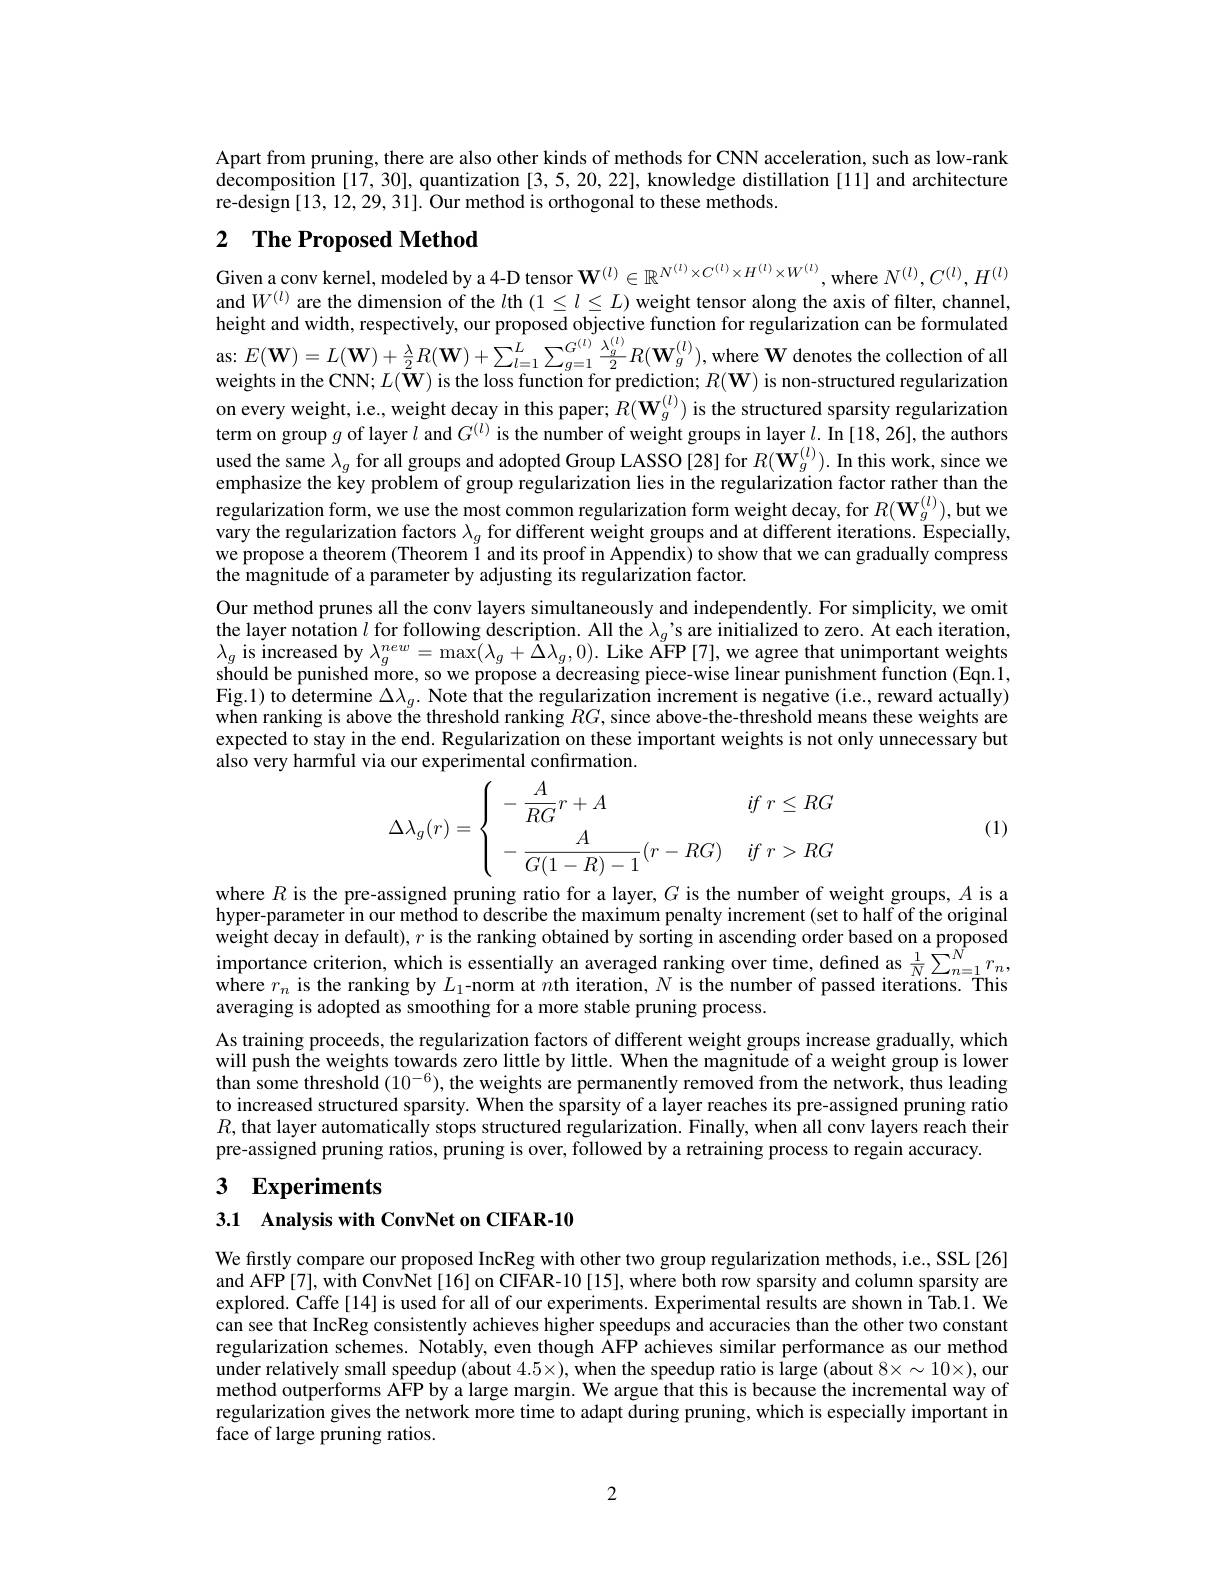
Apart from pruning, there are also other kinds of methods for CNN acceleration, such as low-rank decomposition [17,30], quantization [3,5,20,22], knowledge distillation [11] and architecture re-design [13, 12, 29, 31]. Our method is orthogonal to these methods.

# 2 The Proposed Method

Given a conv kernel, modeled by a 4-D tensor $\mathbf{W}^{(l)}\in\mathbb{R}^{N^{(l)}\times C^{(l)}\times H^{(l)}\times W^{(l)}}$, where $N^{(l)},C^{(l)},H^{(l)}$ and $W^{(l)}$ are the dimension of the $l$th $(1\leq l\leq L)$ weight tensor along the axis of filter, channel, height and width, respectively, our proposed objective function for regularization can be formulated as: $E( \mathbf{W} ) = L( \mathbf{W} ) + \frac \lambda 2R( \mathbf{W} ) + \sum _{l= 1}^{L}\sum _{g= 1}^{G^{( l) }}\frac {\lambda _{g}^{( l) }}2R( \mathbf{W} _{g}^{( l) }) $,where $\mathbf{W}$ denotes the collection of all weights in the CNN; $L(\bar{\mathbf{W}})$ is the loss function for prediction; $R(\mathbf{W})$ is non-structured regularization on every weight, i.e., weight decay in this paper; $R(\mathbf{W}_{g}^{(l)})$ is the structured sparsity regularization term on group $g$ of layer $l$ and $G^(l)$ is the number of weight groups in layer $l.$ In [18,26], the authors used the same $\lambda_g$ for all groups and adopted Group LASSO [28] for $R(\mathbf{W}_g^{(l)}).$ In this work, since we emphasize the key problem of group regularization lies in the regularization factor rather than the regularization form, we use the most common regularization form weight decay, for $R(\mathbf{W}_g^{(l)})$,but we vary the regularization factors $\lambda_g$ for different weight groups and at different iterations. Especially, we propose a theorem (Theorem l and its proof in Appendix) to show that we can gradually compress the magnitude of a parameter by adjusting its regularization factor.
Our method prunes all the conv layers simultaneously and independently. For simplicity, we omit the layer notation $l$ for following description. All the $\lambda _g’$s are initialized to zero. At each iteration, $\lambda_{g}$ is increased by $\lambda_g^{new}=\max(\lambda_g+\hat{\Delta}\lambda_g,0).$ Like AFP [7], we agree that unimportant weights should be punished more, so we propose a decreasing piece-wise linear punishment function (Eqn.1, $\begin{array}{l}{\mathrm{Fig.1)~to~\hat{\text{determine }\Delta\lambda_{g}.~Note~that~the~regularization~increment~is~negative~(i.e,~reward~actually)}}\\{\mathrm{when~ranking~is~above~the~threshold~ranking~}RG,~since~above-the-threshold~means~these~weights~are}\end{array}}\\\begin{array}{l}{\mathrm{when~ranking~is~above~the~thr$ expected to stay in the end. Regularization on these important weights is not only unnecessary but also very harmful via our experimental confirmation.
$$\left.\Delta\lambda_{g}(r)=\left\{\begin{array}{ll}-\dfrac{A}{RG}r+A&\quad if\:r\leq RG\\\\-\dfrac{A}{G(1-R)-1}(r-RG)&\quad if\:r>RG\end{array}\right.\right.$$
(1)

where $R$ is the pre-assigned pruning ratio for a layer, $G$ is the number of weight groups, $A$ is a hyper-parameterin our method to describe the maximum penalty increment (set to half of the original weight decay in default), $r$ is the ranking obtained by sorting in ascending order based on a proposed importance criterion, which is essentially an averaged ranking over time, defined as $\frac1N\sum_{n=1}^Nr_n$, where $r_n$ is the ranking by $L_1$-norm at $n$th iteration, $N$ is the number of passed iterations. This averaging is adopted as smoothing for a more stable pruning process.
As training proceeds, the regularization factors of different weight groups increase gradually, which will push the weights towards zero little by little. When the magnitude of a weight group is lower than some threshold $(10^{-6})$,the weights are permanently removed from the network, thus leading to increased structured sparsity. When the sparsity of a layer reaches its pre-assigned pruning ratio $R$, that layer automatically stops structured regularization. Finally, when all conv layers reach their pre-assigned pruning ratios, pruning is over, followed by a retraining process to regain accuracy.
3 Experiments

3.1 Analysis with ConvNet on CIFAR-10

We firstly compare our proposed IncReg with other two group regularization methods, i.e., SSL[26] and AFP[7], with ConvNet[16] on CIFAR-10[15], where both row sparsity and column sparsity are explored. Caffe[14] is used for all of our experiments. Experimental results are shown in Tab.1. We can see that IncReg consistently achieves higher speedups and accuracies than the other two constant regularization schemes. Notably, even though ÂFP achieves similar performance as our method under relatively small speedup (about $4.5\times)$, when the speedup ratio is large (about $8\times\sim10\times)$, our method outperforms AFP by a large margin. We argue that this is because the incremental way of regularization gives the network more time to adapt during pruning, which is especially important in face of large pruning ratios.

2